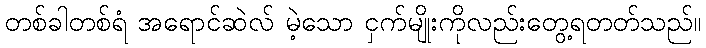
တစ်ခါတစ်ရံ အရောင်ဆဲလ် မဲ့သော ငှက်မျိုးကိုလည်းတွေ့ရတတ်သည်။